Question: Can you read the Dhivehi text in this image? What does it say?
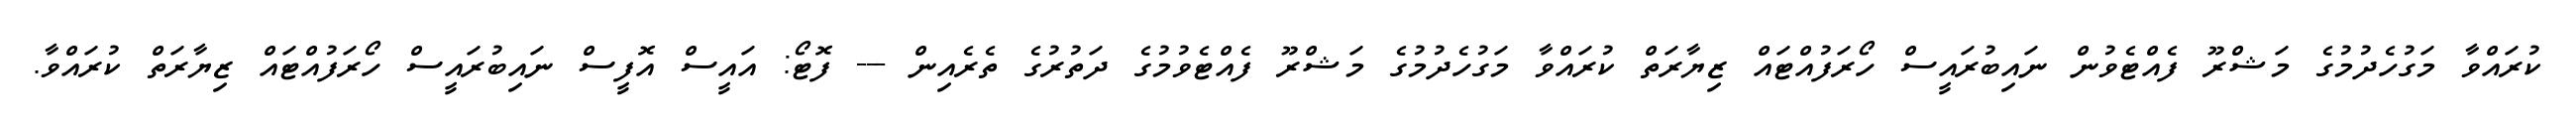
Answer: ކުރައްވާ މަގުހެދުމުގެ މަޝްރޫ ފެއްޓެވުން ނައިބުރައީސް ހޯރަފުއްޓައް ޒިޔާރަތް ކުރައްވާ މަގުހެދުމުގެ މަޝްރޫ ފެއްޓެވުމުގެ ދަތުރުގެ ތެރެއިން --- ފޮޓޯ: އައީސް އޮފީސް ނައިބުރައީސް ހޯރަފުއްޓައް ޒިޔާރަތް ކުރައްވާ.